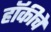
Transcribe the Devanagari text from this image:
हाॅकीचे